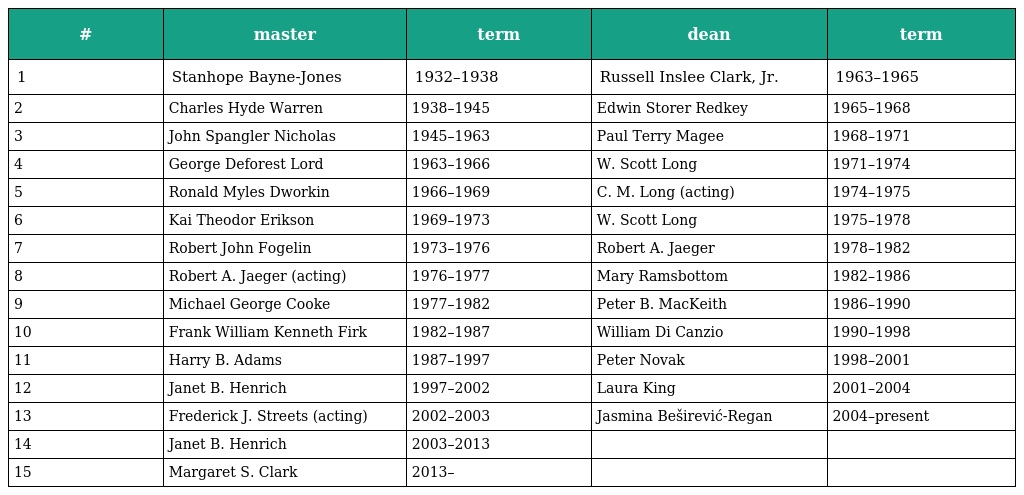
| # | master | term | dean | term |
 | --- | --- | --- | --- | --- |
 | 1 | Stanhope Bayne-Jones | 1932–1938 | Russell Inslee Clark, Jr. | 1963–1965 |
 | 2 | Charles Hyde Warren | 1938–1945 | Edwin Storer Redkey | 1965–1968 |
 | 3 | John Spangler Nicholas | 1945–1963 | Paul Terry Magee | 1968–1971 |
 | 4 | George Deforest Lord | 1963–1966 | W. Scott Long | 1971–1974 |
 | 5 | Ronald Myles Dworkin | 1966–1969 | C. M. Long (acting) | 1974–1975 |
 | 6 | Kai Theodor Erikson | 1969–1973 | W. Scott Long | 1975–1978 |
 | 7 | Robert John Fogelin | 1973–1976 | Robert A. Jaeger | 1978–1982 |
 | 8 | Robert A. Jaeger (acting) | 1976–1977 | Mary Ramsbottom | 1982–1986 |
 | 9 | Michael George Cooke | 1977–1982 | Peter B. MacKeith | 1986–1990 |
 | 10 | Frank William Kenneth Firk | 1982–1987 | William Di Canzio | 1990–1998 |
 | 11 | Harry B. Adams | 1987–1997 | Peter Novak | 1998–2001 |
 | 12 | Janet B. Henrich | 1997–2002 | Laura King | 2001–2004 |
 | 13 | Frederick J. Streets (acting) | 2002–2003 | Jasmina Beširević-Regan | 2004–present |
 | 14 | Janet B. Henrich | 2003–2013 |  |  |
 | 15 | Margaret S. Clark | 2013– |  |  |